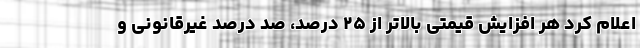
اعلام کرد هر افزایش قیمتی بالاتر از ۲۵ درصد، صد درصد غیرقانونی و